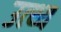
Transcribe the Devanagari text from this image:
उत्थ्य